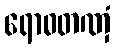
ရောဓတဏှံ